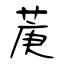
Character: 菮